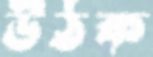
উঠক